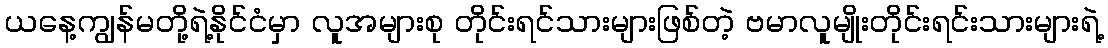
ယနေ့ကျွန်မတို့ရဲ့နိုင်ငံမှာ လူအများစု တိုင်းရင်သားများဖြစ်တဲ့ ဗမာလူမျိုးတိုင်းရင်းသားများရဲ့